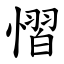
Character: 慴